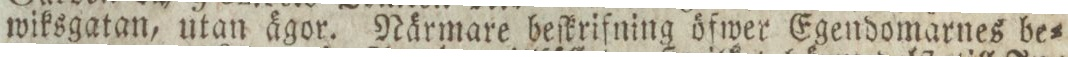
wiksgatan, utan ägor. Närmare beſkrifning öfwer Egendomarnes be=